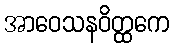
အာဝေသနဝိတ္ထကေ